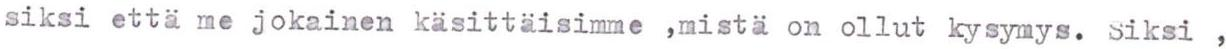
siksi että me jokainen käsittäisimme ,mistä on ollut kysymys. Siksi ,